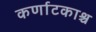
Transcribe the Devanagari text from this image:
कर्णाटकाश्च